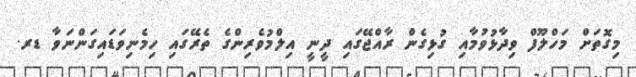
މިގޮތަށް މަހްލޫފް ވިދާޅުވުމާއި ގުޅިގެން ރާއްޖޭގައި ދީނީ އިލްމުވެރިންގެ ތެރޭގައި ހިމެނިވަޑައިގަންނަވާ ޑރ.